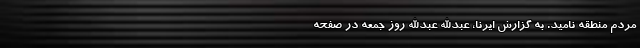
مردم منطقه نامید. به گزارش ایرنا، عبدالله عبدالله روز جمعه در صفحه